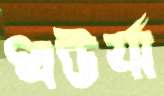
ধউর্যা